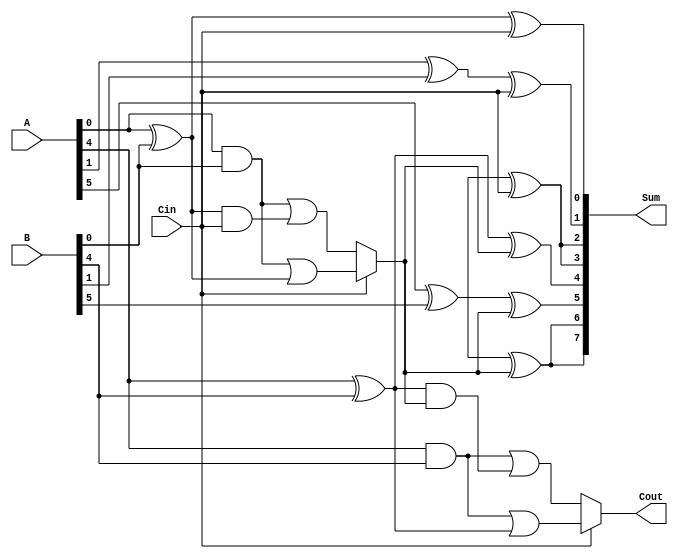
module ConditionalCarrySelectAdder #(
    parameter N = 8,  // Width of the inputs
    parameter K = 4   // Width of each segment
)(
    input  [N-1:0] A,        // First n-bit input
    input  [N-1:0] B,        // Second n-bit input
    input          Cin,       // Carry in
    output [N-1:0] Sum,       // Sum output
    output         Cout        // Carry out
);
    localparam M = N / K;     // Number of segments

    // Internal signals
    wire [M-1:0] G [0:K-1];   // Generate signals
    wire [M-1:0] P [0:K-1];   // Propagate signals
    wire [M:0] C;             // Carry outputs (C[0] = Cin, C[M] = Cout)

    // Generate and propagate signal calculations for each segment
    genvar i, j;
    generate
        for (i = 0; i < M; i = i + 1) begin: segment_precalc
            for (j = 0; j < K; j = j + 1) begin: bit_calculation
                assign G[i][j] = A[i*K + j] & B[i*K + j];  // Generate
                assign P[i][j] = A[i*K + j] ^ B[i*K + j];  // Propagate
            end
        end
    endgenerate

    // Carry calculations for each segment
    generate
        assign C[0] = Cin; // Initial carry in
        for (i = 0; i < M; i = i + 1) begin: carry_calculation
            wire C0, C1; // Intermediate carries
            // Calculate carries for Cin = 0 and Cin = 1
            assign C0 = G[i] | (P[i] & C[i]);   // Carry out with Cin = 0
            assign C1 = G[i] | (P[i] & 1'b1);   // Carry out with Cin = 1
            // Mux selection for carry-out propagation
            assign C[i + 1] = (Cin) ? C1 : C0;
        end
    endgenerate

    // Sum calculation for each segment
    generate
        for (i = 0; i < M; i = i + 1) begin: sum_calculation
            for (j = 0; j < K; j = j + 1) begin: bit_sum
                assign Sum[i*K + j] = P[i][j] ^ C[i]; // Sum calculation
            end
        end
    endgenerate

    // Final carry out
    assign Cout = C[M]; // Cout is the carry output from the last segment

endmodule